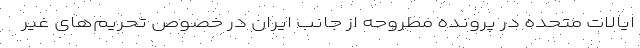
ایالات متحده در پرونده مطروحه از جانب ایران در خصوص تحریم‌های غیر